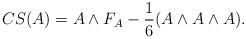
LaTeX: \begin{align*}CS(A)=A\wedge F_A-\frac{1}{6}(A\wedge A\wedge A).\end{align*}